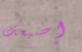
إصبعك